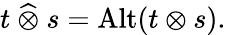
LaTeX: t~{\widehat{\otimes}}~s=\operatorname{Alt}(t\otimes s).